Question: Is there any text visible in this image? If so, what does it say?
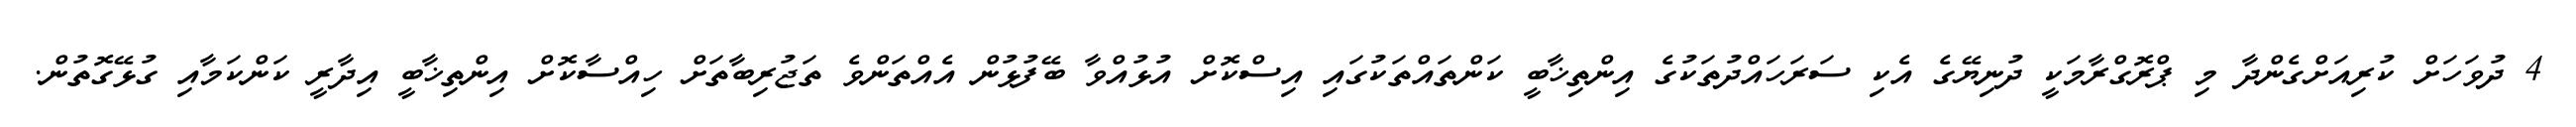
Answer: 4 ދުވަހަށް ކުރިއަށްގެންދާ މި ޕްރޮގްރާމަކީ ދުނިޔޭގެ އެކި ސަރަހައްދުތަކުގެ އިންތިޚާބީ ކަންތައްތަކުގައި އިސްކޮށް އުޅުއްވާ ބޭފުޅުން އެއްތަންވެ ތަޖުރިބާތަށް ހިއްސާކޮށް އިންތިޚާބީ އިދާރީ ކަންކަމާއި ގުޅޭގޮތުން.